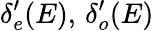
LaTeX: \delta_{e}^{\prime}(E),\, \delta_{o}^{\prime}(E)